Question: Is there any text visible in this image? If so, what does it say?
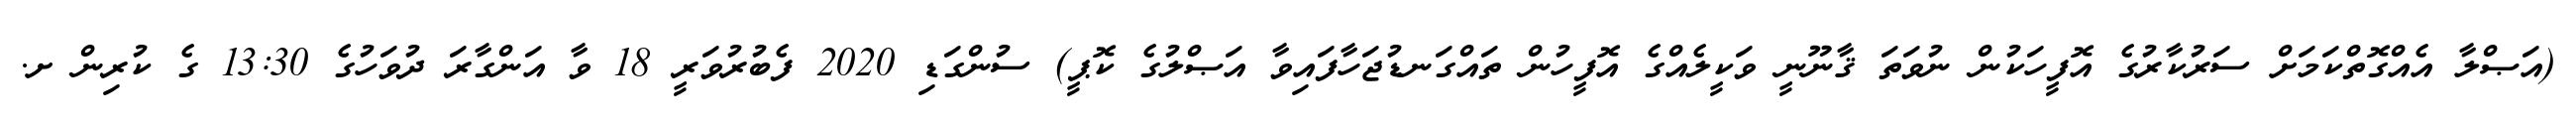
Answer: (އަޞްލާ އެއްގޮތްކަމަށް ސަރުކާރުގެ އޮފީހަކުން ނުވަތަ ޤާނޫނީ ވަކީލެއްގެ އޮފީހުން ތައްގަނޑުޖަހާފައިވާ އަޞްލުގެ ކޮޕީ) ސުންގަޑި 2020 ފެބުރުވަރީ 18 ވާ އަންގާރަ ދުވަހުގެ 13:30 ގެ ކުރިން ށ.